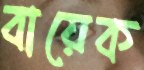
বায়েক